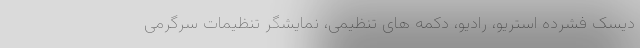
دیسک فشرده استریو، رادیو، دکمه های تنظیمی، نمایشگر تنظیمات سرگرمی